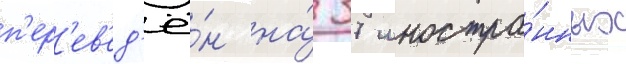
п'ер'ев'ед'ё́н на́ 37 иностра́нных